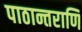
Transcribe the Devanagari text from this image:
पाठान्तराणि